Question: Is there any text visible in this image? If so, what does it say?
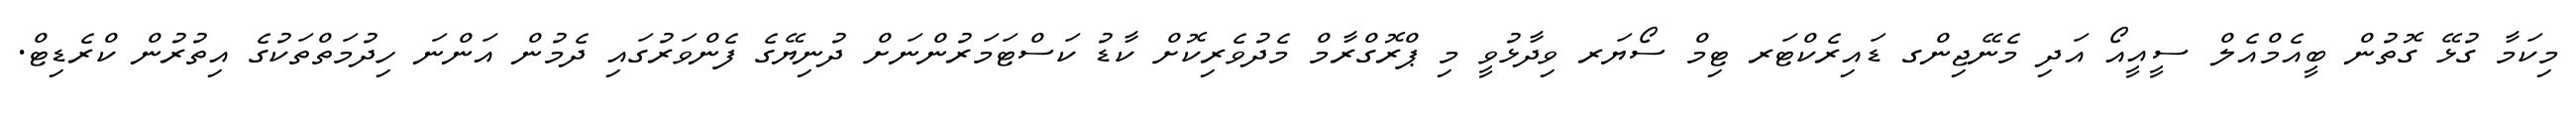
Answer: މިކަމާ ގުޅޭ ގޮތުން ބީއެމްއެލް ސީއީއޯ އަދި މެނޭޖިންގ ޑައިރެކްޓަރ ޓިމް ސޯޔަރ ވިދާޅުވީ މި ޕްރޮގްރާމް މެދުވެރިކޮށް ކާޑު ކަސްޓަމަރުންނަށް ދުނިޔޭގެ ފެންވަރުގައި ދެމުން އަންނަ ހިދުމަތްތަކުގެ އިތުރުން ކްރެޑިޓް.